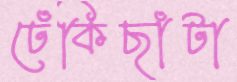
ঢেঁকিছাঁটা